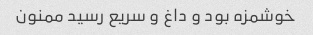
خوشمزه بود و داغ و سریع رسید ممنون